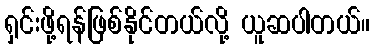
ရှင်းဖို့ရန်ဖြစ်နိုင်တယ်လို့ ယူဆပါတယ်။